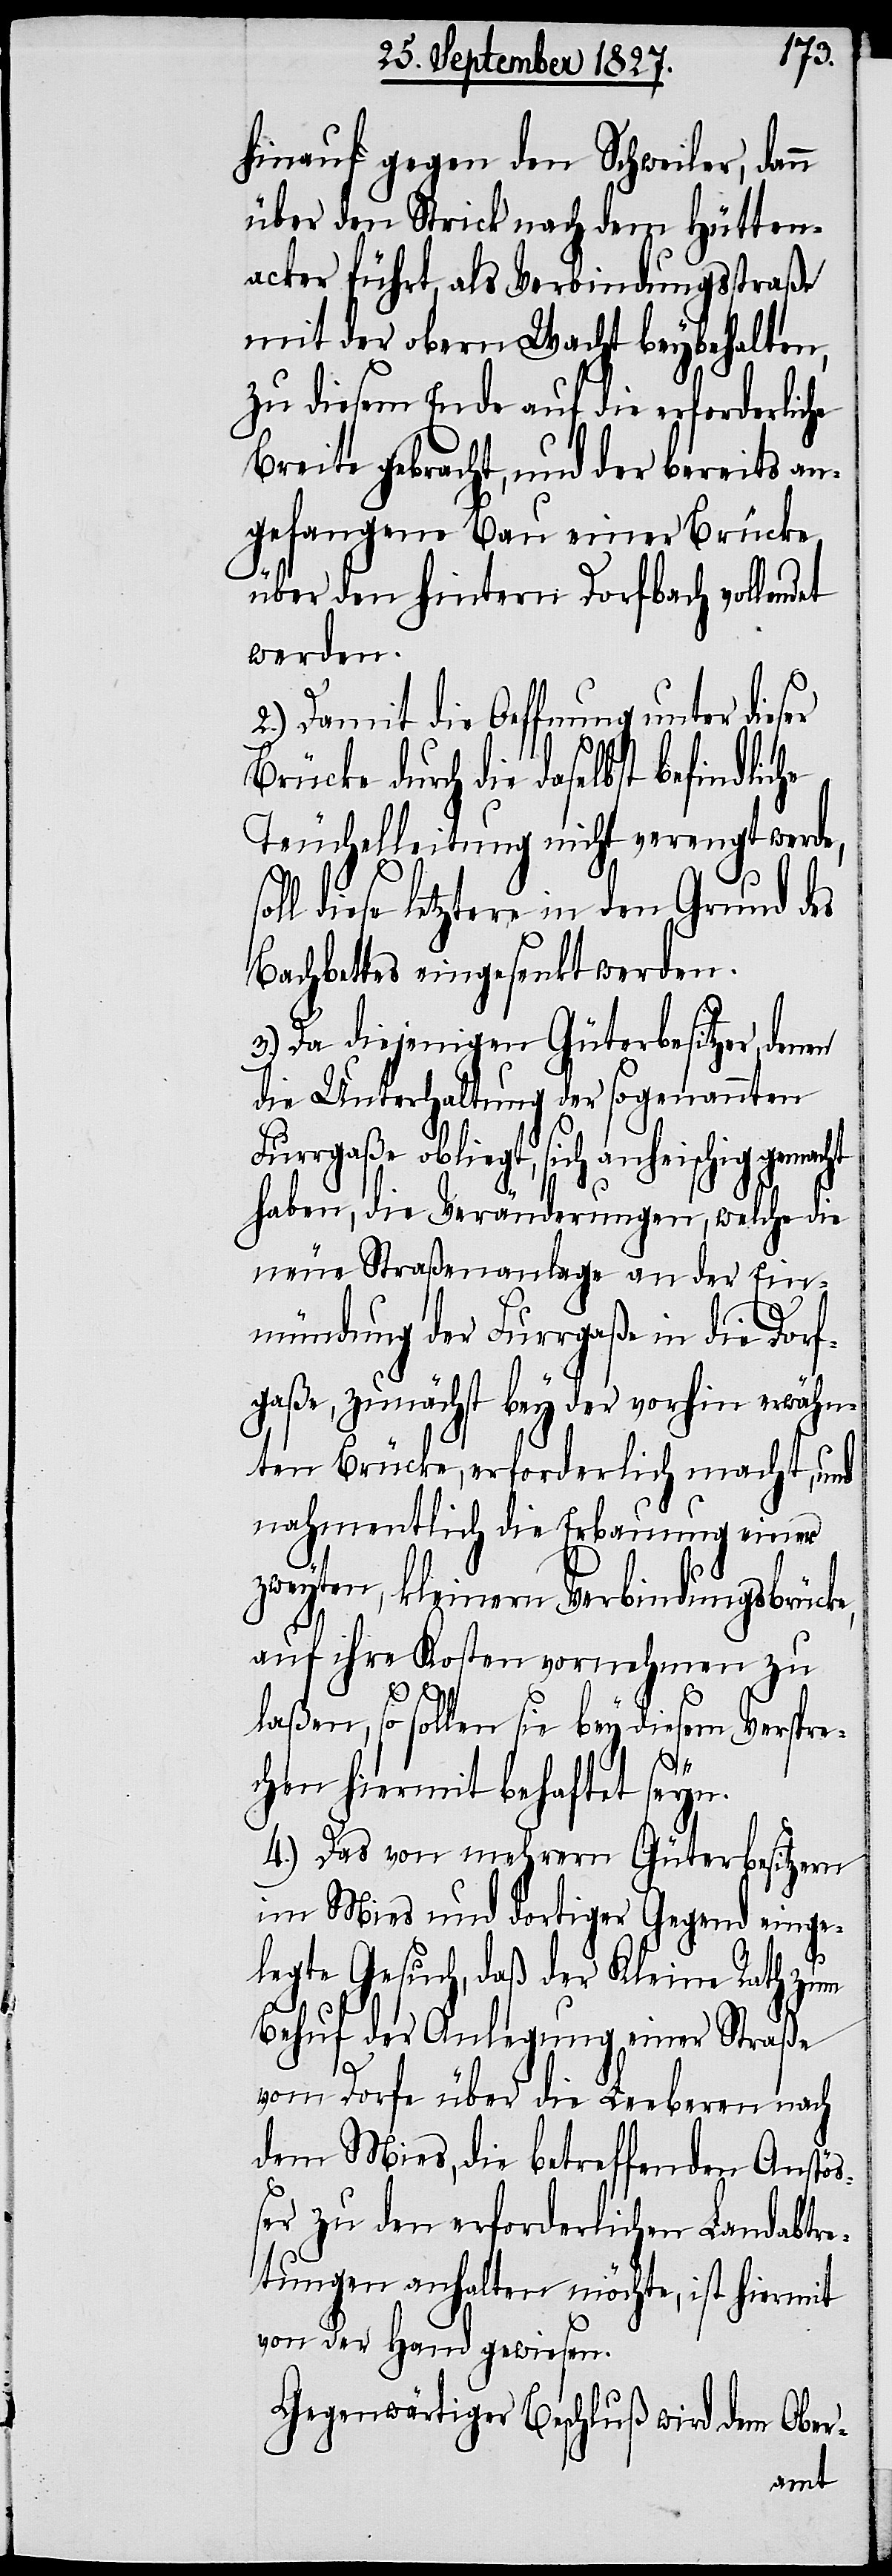
hinauf gegen den Schweiler, dan¬
über den Strick nach dem Hütten¬
acker führt, als Verbindungsstraße
mit der obern Wacht beybehalten,
zu diesem Ende auf die erforderliche
Breite gebracht, und der bereits an¬
gefangene Bau einer Brücke
über den hintern Dorfbach vollendet
werden.
2.) Damit die Oeffnung unter dieser
Brücke durch die daselbst befindliche
Teuchelleitung nicht verengt werde,
ll diese letztere in den Grund des
Bachbettes eingesenkt werden.
3.) Da diejenigen Güterbesitzer, denen
die Unterhaltung der sogenannten
Furrgaße obliegt, sich anheischig gemacht
haben, die Veränderungen, welche die
neue Straßenanlage an der Ein¬
mündung der Furrgaße in die Dorf¬
gaße, zunächst bey der vorhin erwähn¬
ten Brücke, erforderlich macht, und
nahmentlich die Erbauung einer
zweyten, kleinern Verbindungsbrücke,
auf ihre Kosten vornehmen zu
laßen, so sollen sie bey diesem Verspre¬
so¬
chen hiermit behaftet seyn.
4.) Das von mehrern Güterbesitzern
im Mies und dortiger Gegend einge¬
legte Gesuch, daß der Kleine Rath zum
Behuf der Anlegung einer Straße
vom Dorfe über die Leeberen nach
dem Mies, die betreffenden Anstö¬
ßer zu den erforderlichen Landabtre¬
tungen anhalten möchte, ist hiermit
von der Hand gewiesen.
Gegenwärtiger Beschluß wird dem Ober-